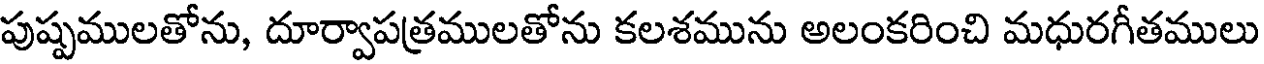
పుష్పములతోను, దూర్వాపత్రములతోను కలశమును అలంకరించి మధురగీతములు